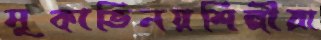
মূকাভিনয়শিল্পীরা